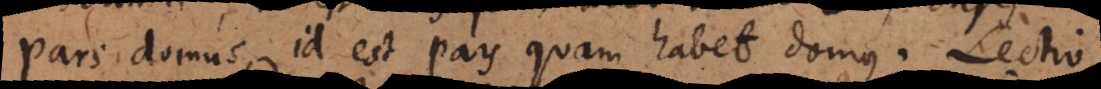
pars domus, id est pars quam habet domus. Lectio